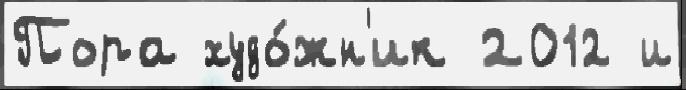
Пора худо́жн'ик 2012 и